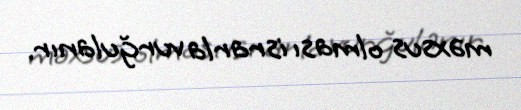
məxsus olması israrla vurğulanır.